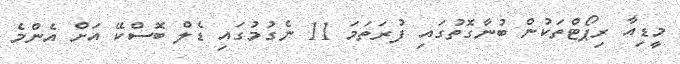
މީޑިއާ ރިޕޯޓްތަކުން ބުނާގޮތުގައި ފުރަތަމަ 11 ނެގުމުގައި ޑެލް ބޮސްކޭ އަށް އެންމެ